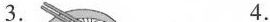
3. 4.